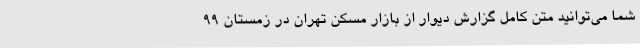
شما می‌توانید متن کامل گزارش دیوار از بازار مسکن تهران در زمستان ۹۹